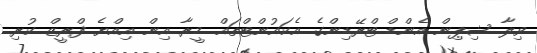
ވިލާ ޝިޕިން އެންޑް ޓްރޭޑިންގެ އެކައުންޓްތައް މީރާ އިން އިއްޔެ ފްރީޒް ކުރި